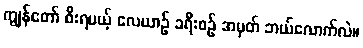
ကျွန်တော် စီးရမယ့် လေယာဉ် ခရီးစဉ် အမှတ် ဘယ်လောက်လဲ။